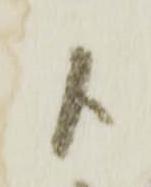
ト